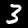
Label: 3